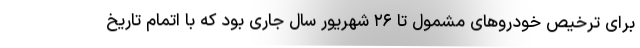
برای ترخیص خودروهای مشمول تا ۲۶ شهریور سال جاری بود که با اتمام تاریخ